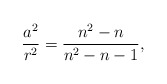
\begin{align*}\frac{a^2}{r^2}=\frac{n^2-n}{n^2-n-1},~~\end{align*}